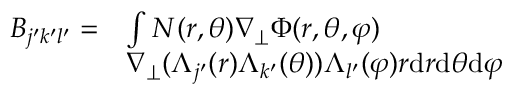
\begin{array} { r l } { B _ { j ^ { \prime } k ^ { \prime } l ^ { \prime } } = } & { \int N ( r , \theta ) \nabla _ { \perp } \Phi ( r , \theta , \varphi ) } \\ & { \nabla _ { \perp } ( \Lambda _ { j ^ { \prime } } ( r ) \Lambda _ { k ^ { \prime } } ( \theta ) ) \Lambda _ { l ^ { \prime } } ( \varphi ) r \mathrm { d } r \mathrm { d } \theta \mathrm { d } \varphi } \end{array}